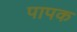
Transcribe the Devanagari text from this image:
पापक